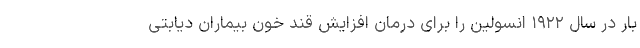
بار در سال ۱۹۲۲ انسولین را برای درمان افزایش قند خون بیماران دیابتی